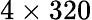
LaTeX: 4\times 320